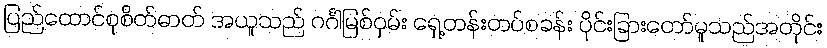
ပြည်ထောင်စုစိတ်ဓာတ် အယူသည် ဂင်္ဂါမြစ်ဝှမ်း ရှေ့တန်းတပ်စခန်း ပိုင်းခြားတော်မူသည်အတိုင်း